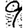
Digit: 9